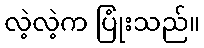
လဲ့လဲ့က ပြုံးသည်။